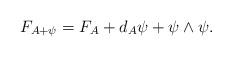
LaTeX: \begin{align*}F_{A+\psi}=F_{A}+d_{A}\psi+\psi\wedge\psi.\end{align*}